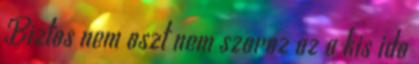
Biztos nem oszt nem szoroz az a kis ido